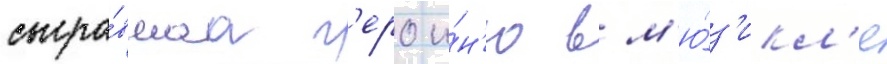
сыгра́вшаа г'ерои́н'ю в м'ю́з'икл'е